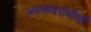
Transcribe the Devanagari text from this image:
अवसादरोधीयाँ